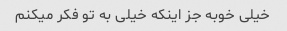
خیلی خوبه جز اینکه خیلی به تو فکر میکنم